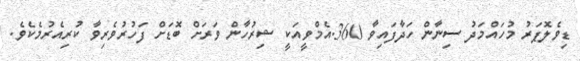
ޑިވެލޮޕަރު މުހައްމަދު ސިނާން ހަދާފައިވާ 360.އެމްވީއަކީ ޝިރުހާން ވަރަށް ބޮޑަށް ފަހުރުވެރިވާ ކުރިއެރުމެކެވެ.